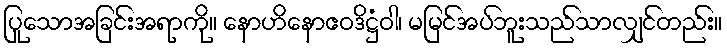
ပြုသောအခြင်းအရာကို။ နောဟိနောဧဝဒိဋ္ဌံဝါ၊ မမြင်အပ်ဘူးသည်သာလျှင်တည်း။